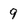
Character: 9